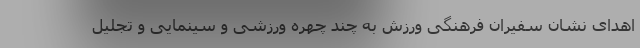
اهدای نشان سفیران فرهنگی ورزش به چند چهره ورزشی و سینمایی و تجلیل